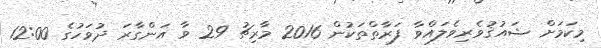
މިކަމަށް ޝައުޤުވެރިވެލައްވާ ފަރާތްތަކުން 2016 މާރިޗު 29 ވާ އަންގާރަ ދުވަހުގެ 12:00